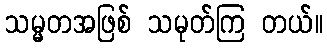
သမ္မတအဖြစ် သမုတ်ကြ တယ်။